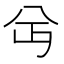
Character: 𫤫